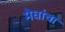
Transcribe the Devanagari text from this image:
मेघांचा